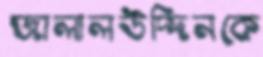
জালালউদ্দিনকে